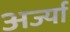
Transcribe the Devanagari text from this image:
अर्ज्या